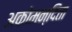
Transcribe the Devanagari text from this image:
अकोमन्दिता